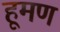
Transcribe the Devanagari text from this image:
हूमण